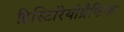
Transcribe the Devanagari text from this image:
हिस्टिरियोग्रैफिक